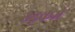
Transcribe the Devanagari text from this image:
सद्कर्म